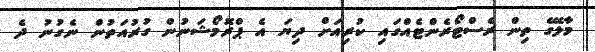
މާލޭގެ ތިން ރެސްޓޯރެންޓެއްގައި ކުރިއަށް ދިޔަ އެ ޕްރޮމޯޝަނުން ގުރުއަތުން ނެގުނު ދެ